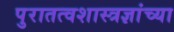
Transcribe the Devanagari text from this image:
पुरातत्वशास्त्रज्ञांच्या